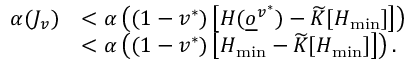
\begin{array} { r l } { \alpha ( J _ { v } ) } & { < \alpha \left( ( 1 - v ^ { * } ) \left[ H ( \underline { o } ^ { v ^ { * } } ) - \widetilde K [ H _ { \operatorname* { m i n } } ] \right] \right) } \\ & { < \alpha \left( ( 1 - v ^ { * } ) \left[ H _ { \operatorname* { m i n } } - \widetilde K [ H _ { \operatorname* { m i n } } ] \right] \right) . } \end{array}